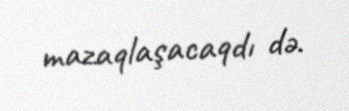
mazaqlaşacaqdı də.